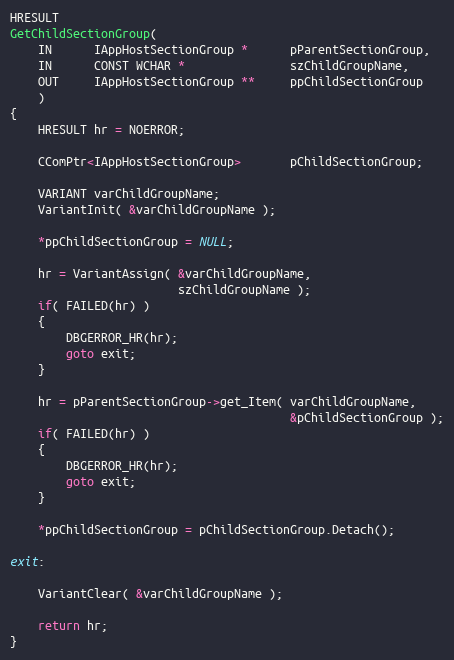
Language: C++
HRESULT
GetChildSectionGroup(
    IN      IAppHostSectionGroup *      pParentSectionGroup,
    IN      CONST WCHAR *               szChildGroupName,
    OUT     IAppHostSectionGroup **     ppChildSectionGroup
    )
{
    HRESULT hr = NOERROR;

    CComPtr<IAppHostSectionGroup>       pChildSectionGroup;

    VARIANT varChildGroupName;
    VariantInit( &varChildGroupName );

    *ppChildSectionGroup = NULL;

    hr = VariantAssign( &varChildGroupName,
                        szChildGroupName );
    if( FAILED(hr) )
    {
        DBGERROR_HR(hr);
        goto exit;
    }

    hr = pParentSectionGroup->get_Item( varChildGroupName,
                                        &pChildSectionGroup );
    if( FAILED(hr) )
    {
        DBGERROR_HR(hr);
        goto exit;
    }

    *ppChildSectionGroup = pChildSectionGroup.Detach();

exit:

    VariantClear( &varChildGroupName );

    return hr;
}